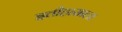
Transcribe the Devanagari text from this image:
इतीहासाला